Civil Veterinary Dept. Bombay admin report 1932-41 - 1932-1941
Year: 1932
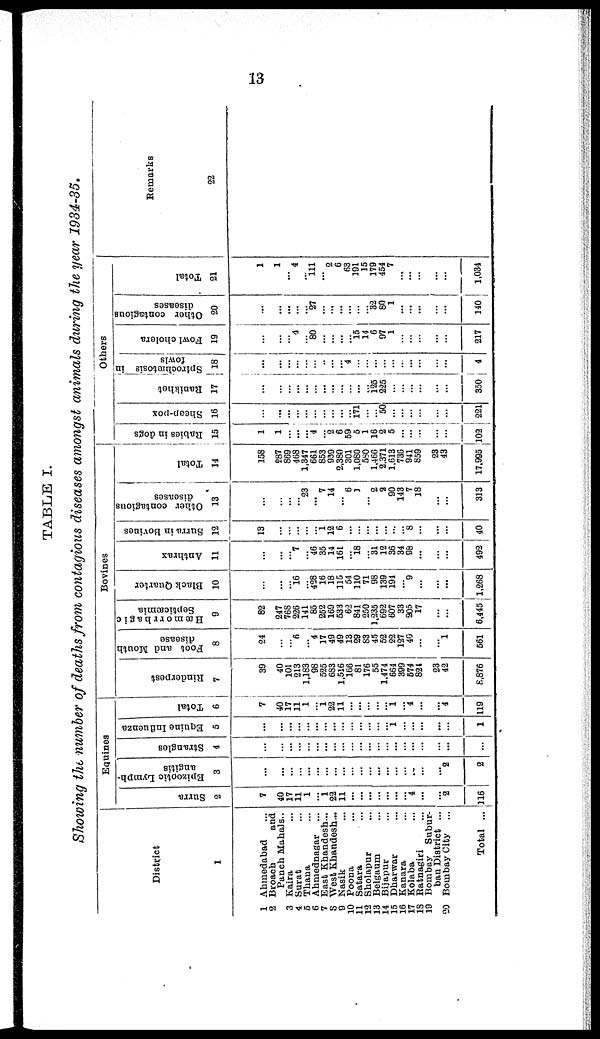
13
TABLE I.
Showing the number of deaths from contagious diseases amongst animals during the year 1934-35.
District
1
1 Ahmedabad ...
2 Broach
and
Panch Mahals..
3 Kaira ...
4 Surat ...
5 Thana ...
6 Ahmednagar ...
7 East Khandesh...
8 West Khandesh...
9 Nasik ...
10 Poona ...
11 Satara ...
12 Sholapur ...
13 Belgaum ...
14 Bijapur ...
15 Dharwar ...
16 Kanara ...
17 Kolaba...
18 Ratnagiri ...
19 Bombay
Subur-
ban District ...
20 Bombay City
...
Total ...
Equines
Surra
2
7
40
17
11
1
...
1
22
11
...
...
...
...
...
...
...
4
...
...
2
116
Epizoptic Lymph-
angitis
3
...
...
...
...
...
...
...
...
...
...
...
...
...
...
...
...
...
...
...
2
2
Strangles
4
...
...
...
...
...
...
...
...
...
...
...
...
...
...
...
...
...
...
...
...
...
Equine Influenza
5
...
...
...
...
...
...
...
...
...
...
...
...
...
...
...
...
...
...
...
...
1
Total
6
7
40
17
11
1
...
1
22
11
...
...
...
...
... 1
...
4
...
...
4
119
Bovines
Rinderpest
7
39
40
101
213
1,183
98
525
683
1,516
166
81
176
55
1,474
664
399
574
824
23
42
8,876
Foot and Mouth
disease
8
24
...
... 6
... 4
17
49
49
13
29
83
45
52
22
127
40
...
...
1
561
Hæmorrhagic
Septicæmia
9
82
247
768
226
141
85
252
169
533
62
841
250
1,235
692
607
33
205
17
...
...
6,445
Black Quarter
10
...
...
... 16
... 428
16
18
115
54
110
71
98
139
194
... 9
...
...
...
1,268
Anthrax
11
...
...
... 7
...... 46
35
14
161
... 18
... 31
12
36
34
98
...
...
...
492
Surra in Bovines
12
13
...
...
...
...
...
1
12
6
...
...
...
...
...
...
...
8
...
...
...
40
Other contagious
diseases
13
...
...
...
... 23
...
7
14
... 6
1
... 2
2
90
143
7
18
...
...
313
Total
14
158
287
869
468
1,347
661
853
959
2,380
301
1,080
580
1,466
2,371
1,613
736
941
859
23
43
17,995
Others
Rabies in dogs
15
1
1
... ...
...
4
...
2 6
59
5
1
16
2
5
... ...
...
...
...
102
Sheep-pox
16
...
...
...
...
...
...
...
...
...
... 171
...
... 50
...
...
...
...
...
...
221
Ranikhet
17
...
...
...
...
...
...
...
...
...
...
...
... 125
225
...
...
...
...
...
...
350
Spirochtetosis in
fowls
18
...
...
...
... ...
...
..
...
... 4
...
...
...
... ...
...
...
...
...
...
4
Fowl cholera
19
...
...
... 4
80
...
...
...
... 15 14
6
97
1
...
...
...
...
...
217
Other contagious
diseases
20
...
...
...
...
... 27
...
...
...
...
...
... 32
80
1
...
...
...
...
...
140
Total
21
1
1
... 4
...
111
... 2
6
63
191
15
179
454
7
...
...
...
...
...
1,034
Remarks
22